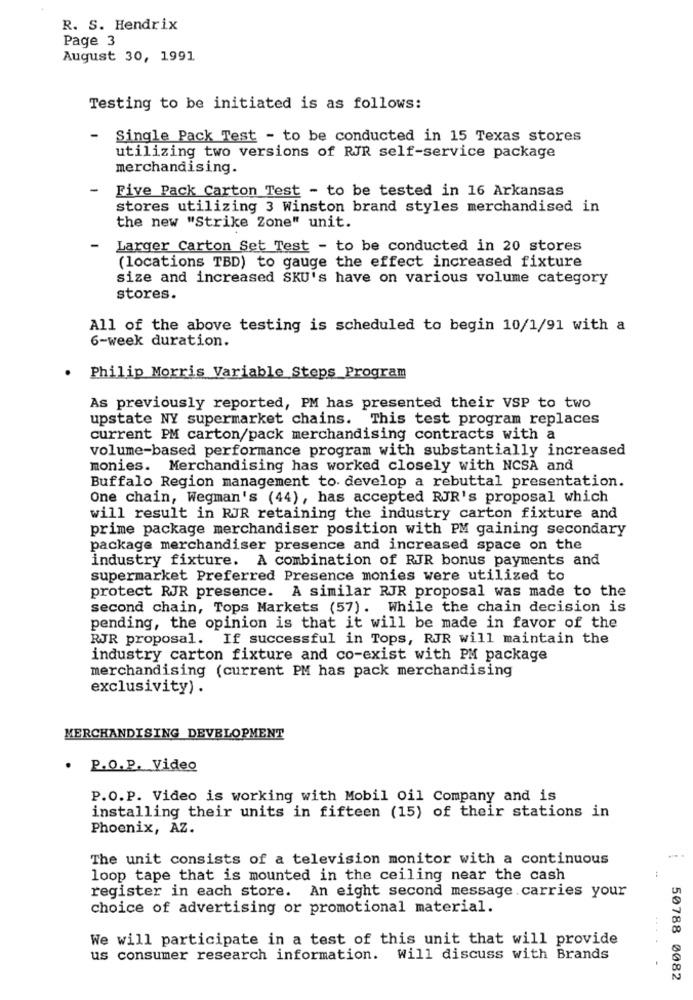
R. S. Hendrix
Page 3
August 30, 1991
Testing to be initiated is as follows:
- Single Pack Test - to be conducted in 15 Texas stores
utilizing two versions of RJR self-service package
merchandising.
Five Pack Carton Test - to be tested in 16 Arkansas
stores utilizing 3 Winston brand styles merchandised in
the new "Strike Zone" unit.
Larger Carton Set Test - to be conducted in 20 stores
(locations TBD) to gauge the effect increased fixture
size and increased SKU's have on various volume category
stores.
All of the above testing is scheduled to begin 10/1/91 with a
6-week duration.
Philip Morris Variable Steps Program
As previously reported, PM has presented their VSP to two
upstate NY supermarket chains. This test program replaces
current PM carton/pack merchandising contracts with a
volume-based performance program with substantially increased
monies. Merchandising has worked closely with NCSA and
Buffalo Region management to develop a rebuttal presentation.
One chain, Wegman's (44), has accepted RJR's proposal which
will result in RJR retaining the industry carton fixture and
prime package merchandiser position with PM gaining secondary
package merchandiser presence and increased space on the
industry fixture. A combination of RJR bonus payments and
supermarket Preferred Presence monies were utilized to
protect RJR presence. A similar RJR proposal was made to the
second chain, Tops Markets (57). While the chain decision is
pending, the opinion is that it will be made in favor of the
RJR proposal. If successful in Tops, RJR will maintain the
industry carton fixture and co-exist with PM package
merchandising (current PM has pack merchandising
exclusivity) .
MERCHANDISING DEVELOPMENT
.
P.O. P. Video
P.O.P. Video is working with Mobil Oil Company and is
installing their units in fifteen (15) of their stations in
Phoenix, AZ.
The unit consists of a television monitor with a continuous
loop tape that is mounted in the ceiling near the cash
register in each store. An eight second message carries your
choice of advertising or promotional material.
We will participate in a test of this unit that will provide
.....
us consumer research information. Will discuss with Brands
50788 0082